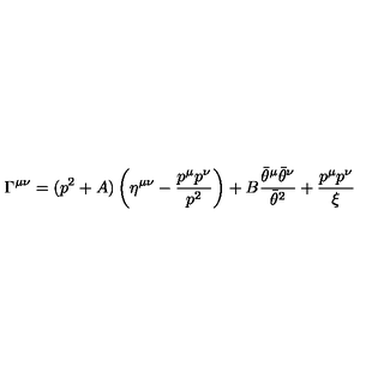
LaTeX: \Gamma ^ { \mu \nu } = ( p ^ { 2 } + A ) \left( \eta ^ { \mu \nu } - { \frac { p ^ { \mu } p ^ { \nu } } { p ^ { 2 } } } \right) + B { \frac { \bar { \theta } ^ { \mu } \bar { \theta } ^ { \nu } } { \bar { \theta } ^ { 2 } } } + { \frac { p ^ { \mu } p ^ { \nu } } { \xi } }